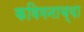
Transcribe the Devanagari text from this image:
कविमनाच्या